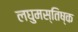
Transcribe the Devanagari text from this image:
लघुमस्तिष्क